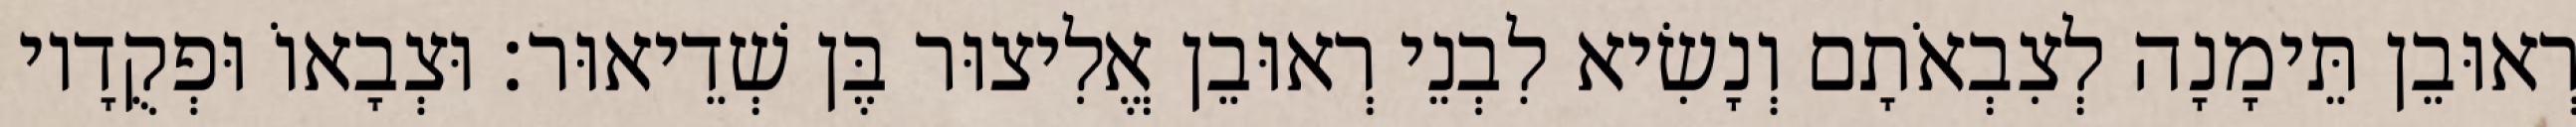
רְאוּבֵן תֵּימָנָה לְצִבְאֹתָם וְנָשִׂיא לִבְנֵי רְאוּבֵן אֱלִיצוּר בֶּן שְׁדֵיאוּר׃ וּצְבָאוֹ וּפְקֻדָיו